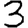
Digit: 3